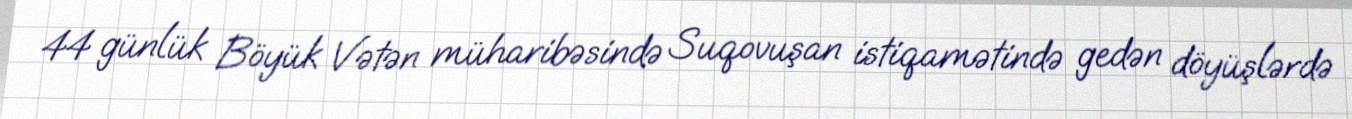
44 günlük Böyük Vətən müharibəsində Suqovuşan istiqamətində gedən döyüşlərdə